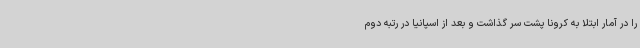
را در آمار ابتلا به کرونا پشت سر گذاشت و بعد از اسپانیا در رتبه دوم